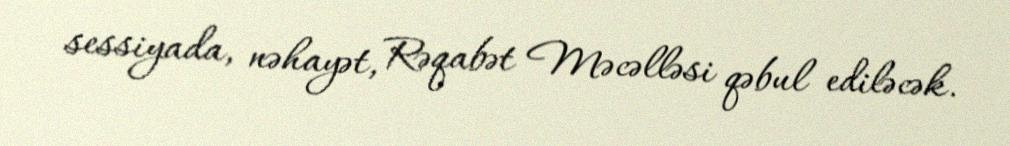
sessiyada, nəhayət, Rəqabət Məcəlləsi qəbul ediləcək.